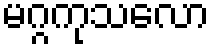
မဂ္ဂကုသလော